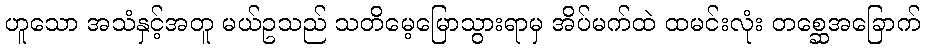
ဟူသော အသံနှင့်အတူ မယ်ဥသည် သတိမေ့မြောသွားရာမှ အိပ်မက်ထဲ ထမင်းလုံး တစ္ဆေအခြောက်